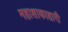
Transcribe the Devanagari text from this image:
महाशाकाहारी